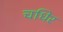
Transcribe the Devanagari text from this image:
चधिर